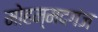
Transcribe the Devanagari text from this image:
मोहम्मदगंज